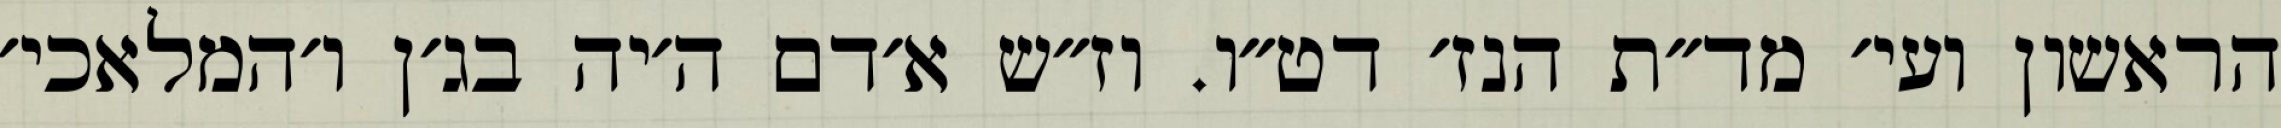
הראשון ועי׳ מד״ת הנז׳ דט״ו. וז״ש א׳דם ה׳יה בג׳ן ו׳המלאכי׳